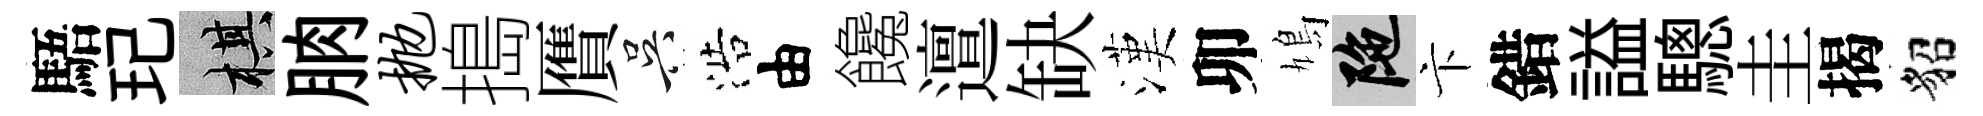
䮏玘棋朒抛搗贋吴浩由饞邅缺漢卯鳩陀卞錯謚驄圭揭貂